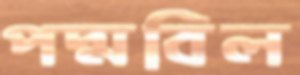
পদ্মবিল